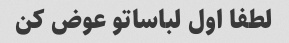
لطفا اول لباساتو عوض کن